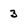
Character: 3